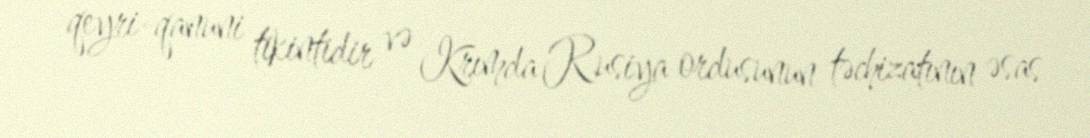
qeyri-qanuni tikintidir və Krımda Rusiya ordusunun təchizatının əsas